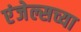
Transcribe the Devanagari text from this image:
एंजेल्सच्या